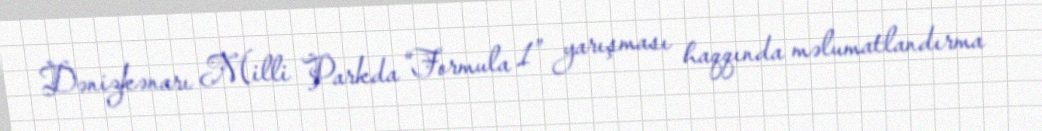
Dənizkənarı Milli Parkda “Formula 1” yarışması haqqında məlumatlandırma